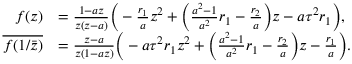
\begin{array} { r l } { f ( z ) } & { = \frac { 1 - a z } { z ( z - a ) } \Big ( - \frac { r _ { 1 } } { a } z ^ { 2 } + \Big ( \frac { a ^ { 2 } - 1 } { a ^ { 2 } } r _ { 1 } - \frac { r _ { 2 } } { a } \Big ) z - a \tau ^ { 2 } r _ { 1 } \Big ) , } \\ { \overline { { f ( 1 / \bar { z } ) } } } & { = \frac { z - a } { z ( 1 - a z ) } \Big ( - a \tau ^ { 2 } r _ { 1 } z ^ { 2 } + \Big ( \frac { a ^ { 2 } - 1 } { a ^ { 2 } } r _ { 1 } - \frac { r _ { 2 } } { a } \Big ) z - \frac { r _ { 1 } } { a } \Big ) . } \end{array}